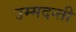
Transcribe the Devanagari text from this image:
उम्मदन्ती